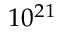
1 0 ^ { 2 1 }